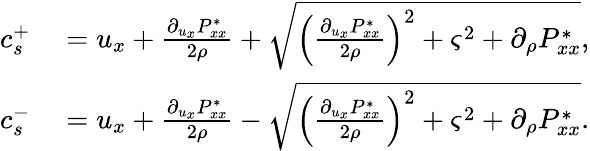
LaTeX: \begin{array}{rl}{c_{s}^{+}}&{{}=u_{x}+\frac{\partial_{u_{x}}P_{xx}^{*}}{2\rho}+\sqrt{{\left(\frac{\partial_{u_{x}}P_{xx}^{*}}{2\rho}\right)}^{2}+{\varsigma}^{2}+\partial_{\rho}P_{xx}^{*}},}\\ {c_{s}^{-}}&{{}=u_{x}+\frac{\partial_{u_{x}}P_{xx}^{*}}{2\rho}-\sqrt{{\left(\frac{\partial_{u_{x}}P_{xx}^{*}}{2\rho}\right)}^{2}+{\varsigma}^{2}+\partial_{\rho}P_{xx}^{*}}.}\end{array}